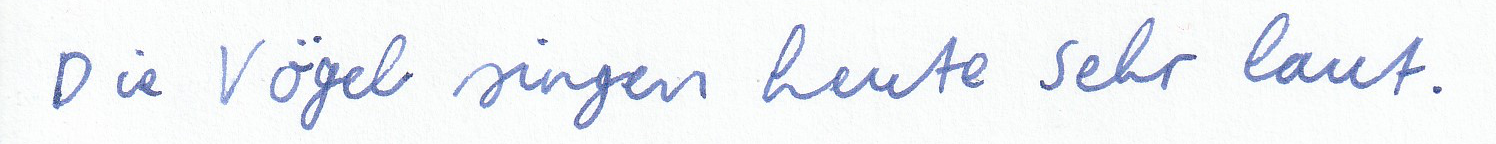
Die Vögel singen heute sehr laut.